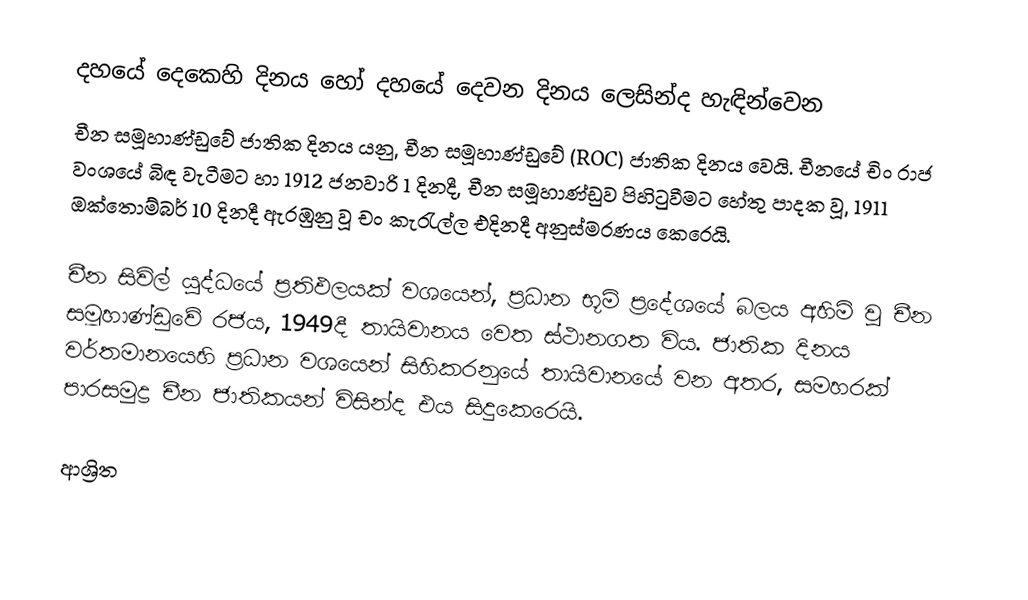
දහයේ දෙකෙහි දිනය හෝ දහයේ දෙවන දිනය ලෙසින්ද හැඳින්වෙන
චීන සමූහාණ්ඩුවේ ජාතික දිනය  යනු, චීන සමූහාණ්ඩුවේ (ROC) ජාතික දිනය වෙයි. චීනයේ  චිං රාජ වංශයේ බිඳ වැටීමට හා  1912 ජනවාරි 1 දිනදී, චීන සමූහාණ්ඩුව පිහිටුවීමට  හේතු පාදක වූ, 1911 ඔක්තොම්බර් 10 දිනදී ඇරඹුනු වූ චං කැරැල්ල එදිනදී අනුස්මරණය කෙරෙයි.

චීන සිවිල් යුද්ධයේ ප්‍රතිඵලයක් වශයෙන්, ප්‍රධාන භූමි ප්‍රදේශයේ බලය අහිමි වූ චීන සමූහාණ්ඩුවේ රජය,  1949දී තායිවානය වෙත ස්ථානගත විය. ජාතික දිනය වර්තමානයෙහි ප්‍රධාන වශයෙන් සිහිකරනුයේ තායිවානයේ වන අතර, සමහරක් පාරසමුද්‍ර චීන ජාතිකයන් විසින්ද එය සිදුකෙරෙයි.

ආශ්‍රිත